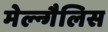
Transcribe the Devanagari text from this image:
मेल्न्गैलिस